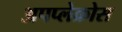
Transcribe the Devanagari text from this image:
अपप्लेक्रोस